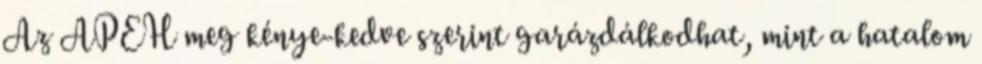
Az APEH meg kénye-kedve szerint garázdálkodhat, mint a hatalom